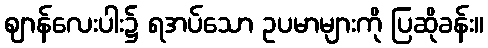
ဈာန်လေးပါး၌ ရအပ်သော ဥပမာများကို ပြဆိုခန်း။